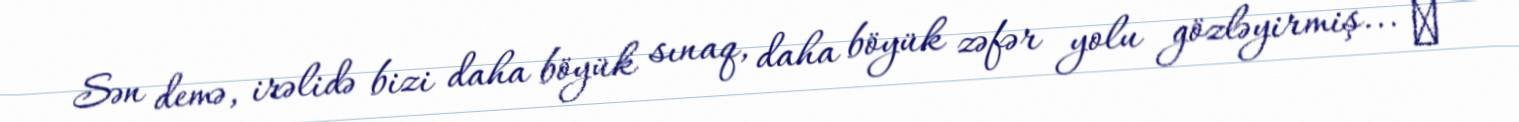
Sən demə, irəlidə bizi daha böyük sınaq, daha böyük zəfər yolu gözləyirmiş... ─